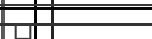
٦